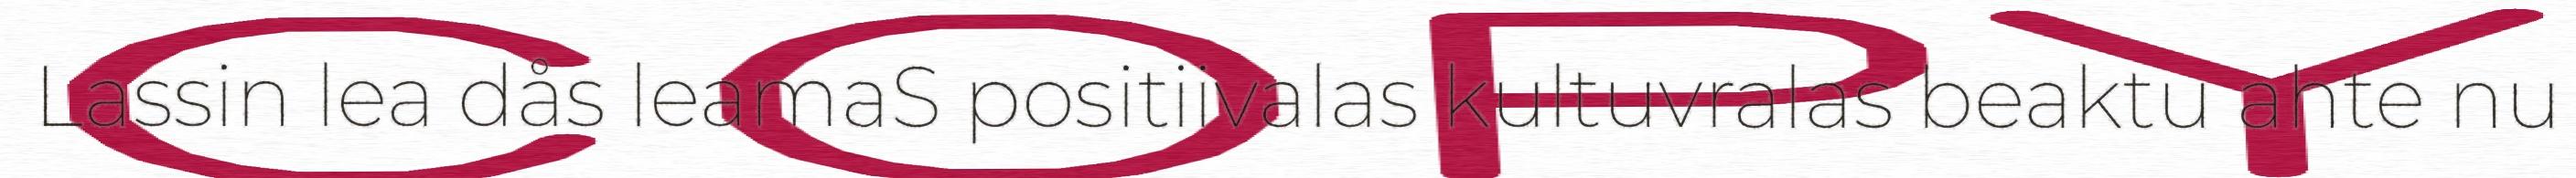
Lassin lea dås leamaS positiivalas kultuvralas beaktu ahte nu